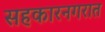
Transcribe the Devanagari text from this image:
सहकारनगरात